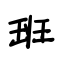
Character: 班